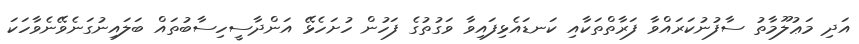
އަދި މަޢުލޫމާތު ސާފުނުކަރައްވާ ފަރާތްތަކާއި ކަނޑައެޅިފައިވާ ވަގުތުގެ ފަހުން ހުށަހެޅޭ އަންދާސީހިސާބުތައް ބަލައިނުގަނެވޭނެވާހަކަ